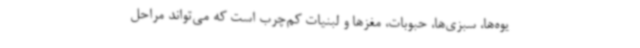
یوه‌ها، سبزی‌ها، حبوبات، مغزها و لبنیات کم‌چرب است که می‌تواند مراحل